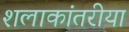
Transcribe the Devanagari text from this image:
शलाकांतरीया